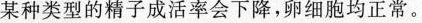
某种类型的精子成活率会下降，卵细胞均正常。